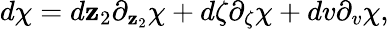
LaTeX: d\chi=d\mathbf{z}_{2}\partial_{\mathbf{z}_{2}}\chi+d\zeta\partial_{\zeta}\chi+dv\partial_{v}\chi,